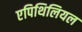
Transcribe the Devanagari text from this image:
एपिथिलियल